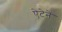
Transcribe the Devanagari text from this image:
ऐटेने